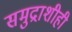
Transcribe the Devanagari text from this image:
समुद्राशीही